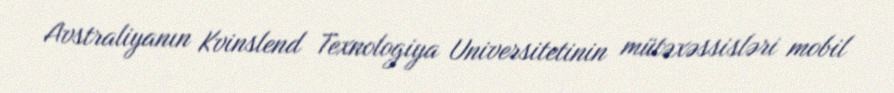
Avstraliyanın Kvinslend Texnologiya Universitetinin mütəxəssisləri mobil